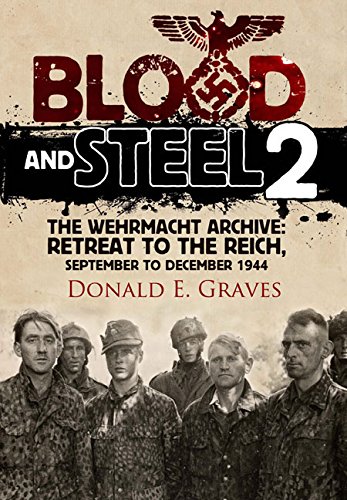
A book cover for Blood and Steel 2: The Wehrmacht Archive - Retreat to the Reich, September to December 1944; Donald E. Graves; Literature & Fiction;